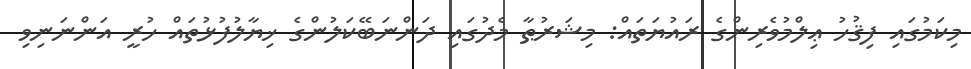
މިކަމުގައި ފިޤުހު ޢިލްމުވެރިންގެ ރައުޔަތައް: މިޝަރުޠާ މެދުގައި ދަންނަބޭކަލުންގެ ޚިޔާލުފުޅުތައް ހުރީ އަންނަނިވި